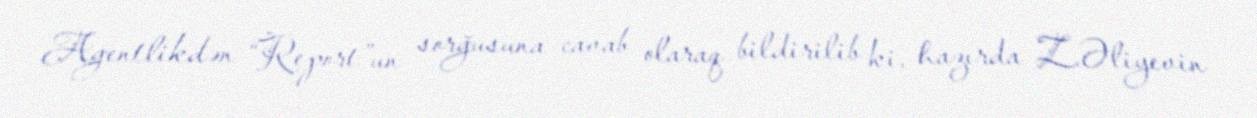
Agentlikdən “Report”un sorğusuna cavab olaraq bildirilib ki, hazırda Z.Əliyevin